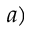
a )